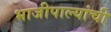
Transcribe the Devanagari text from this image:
भाजीपाल्यांची